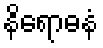
နိရောဓနံ